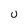
Character: U